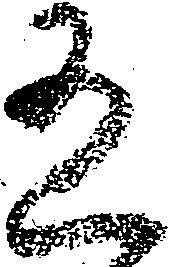
有